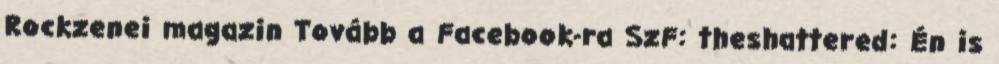
Rockzenei magazin Tovább a Facebook-ra SzF: theshattered: Én is